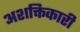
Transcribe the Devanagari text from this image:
अशक्तिकारी